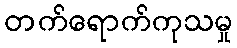
တက်ရောက်ကုသမှု